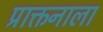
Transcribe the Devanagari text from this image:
प्राक्तनाला